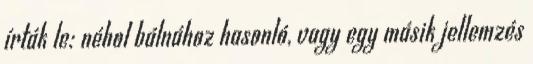
írták le: néhol bálnához hasonló, vagy egy másik jellemzés